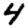
Digit: 4